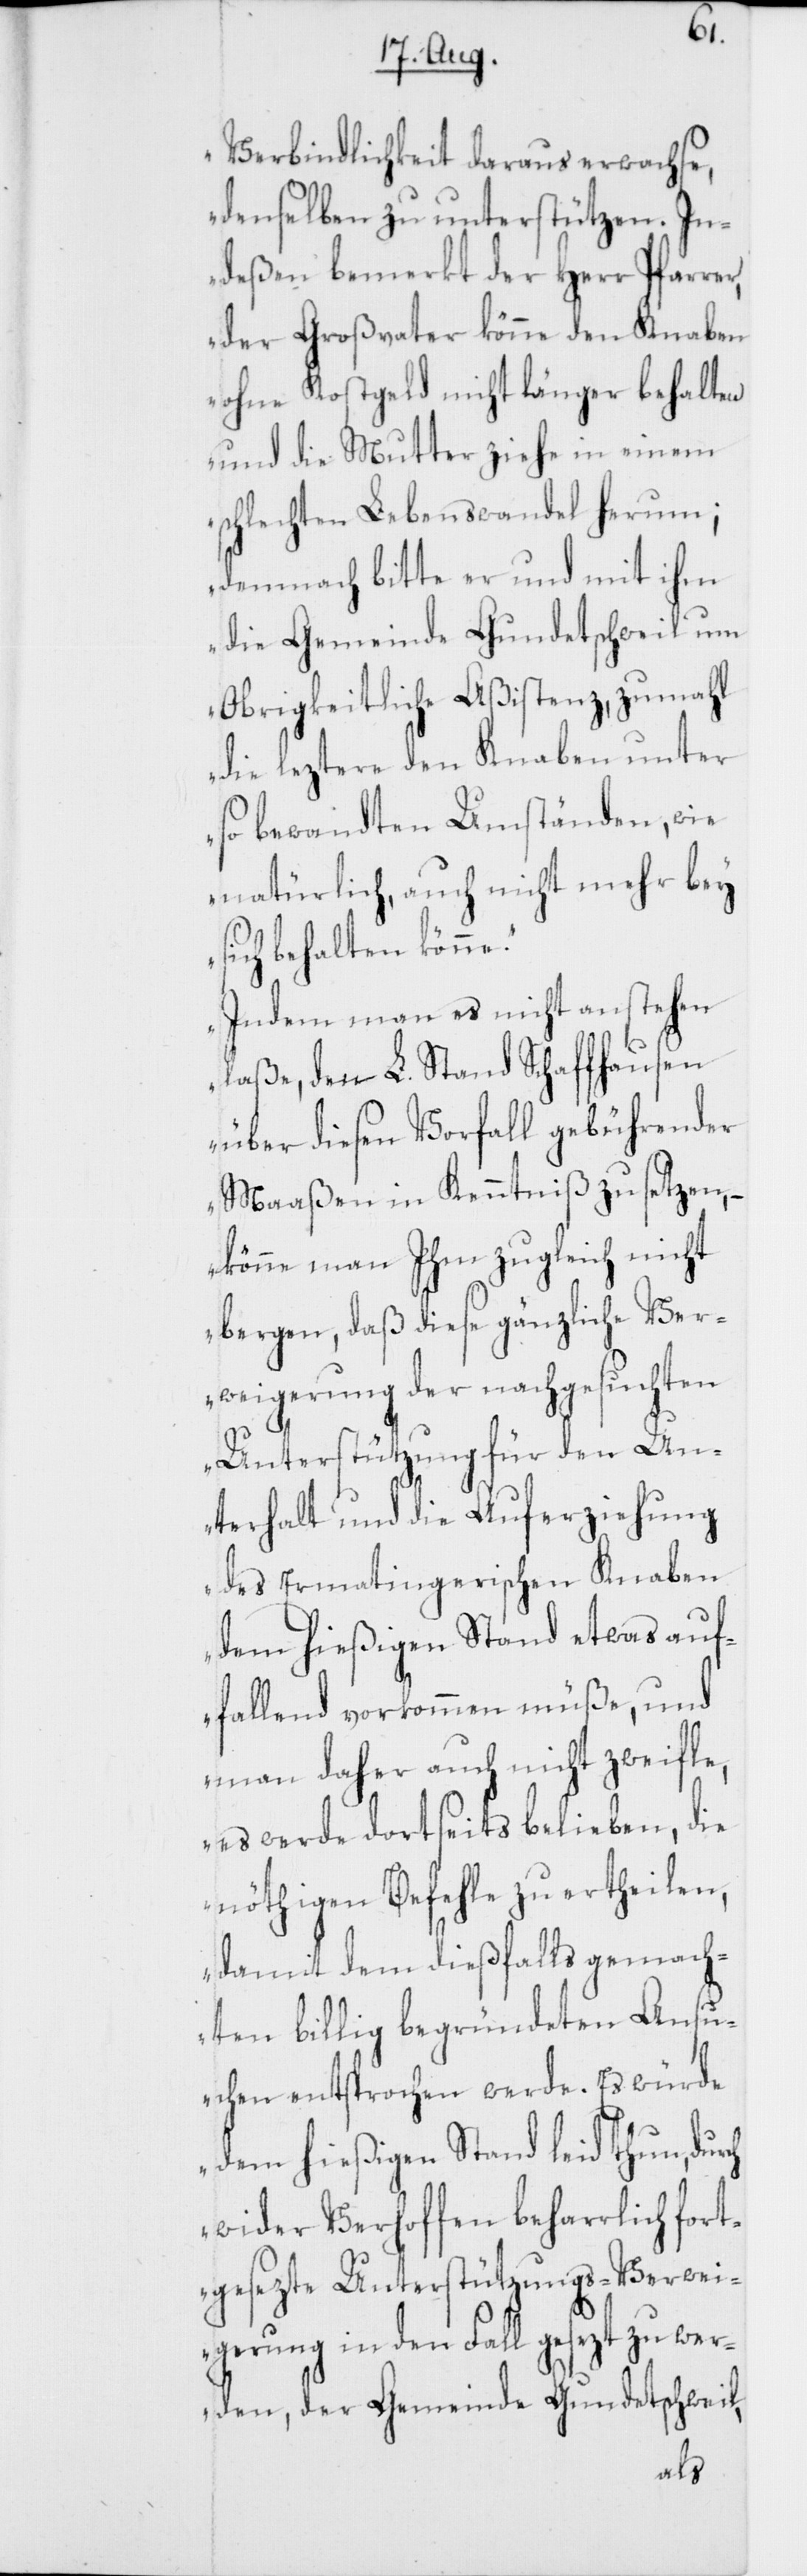
fort¬
Verbindlichkeit daraus erwachse,
denselben zu unterstützen. In¬
deßen bemerkt der Herr Pfarrer,
der Großvater könne den Knaben
ohne Kostgeld nicht länger behalten
und die Mutter ziehe in einem
schlechten Lebenswandel herum;
demnach bitte er und mit ihm
der Gemeinde Gundetschweil,
Obrigkeitliche Aßistenz, zumahl
die leztere den Knaben unter
so bewandten Umständen, wie
natürlich, auch nicht mehr bey
sich behalten könne.
Indem man es nicht anstehen
laße, den L. Stand Schaffhausen
über diesen Vorfall gebührender
Maaßen in Kenntniß zu setzen,
könne man Ihm zugleich nicht
bergen, daß diese gänzliche Ver¬
weigerung der nachgesuchten
Unterstützung für den Un¬
terhalt und die Auferziehung
des Ermatingerischen Knaben
dem hießigen Stand etwas auf¬
fallend vorkommen müße, und
man daher auch nicht
es werde dortseits belieben, die
nöthigen Befehle zu
damit dem dießfalls
hten billig begründet¬
uchen entsprochen werd¬
dem hießigen Stand
wider Verhoffen beha¬
gesezte Unterstützung¬
s-Verw¬
eigerung in
den